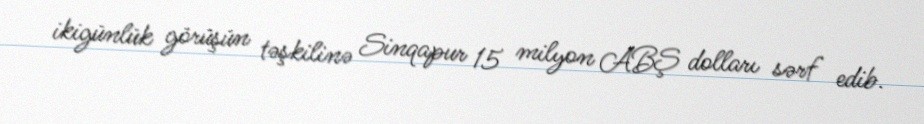
ikigünlük görüşün təşkilinə Sinqapur 15 milyon ABŞ dolları sərf edib.